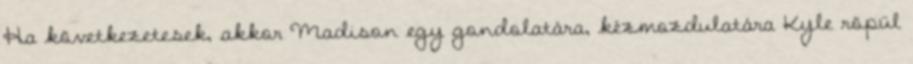
Ha következetesek, akkor Madison egy gondolatára, kézmozdulatára Kyle röpül